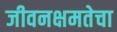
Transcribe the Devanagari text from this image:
जीवनक्षमतेचा